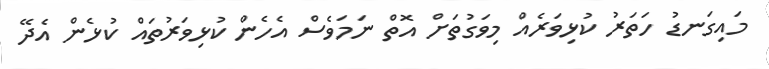
މައިގަނޑު ހަތަރު ކުޅިވަރެއް މިވަގުތަށް އޮތް ނަމަވެސް އެހެން ކުޅިވަރުތައް ކުޅެން އެދޭ